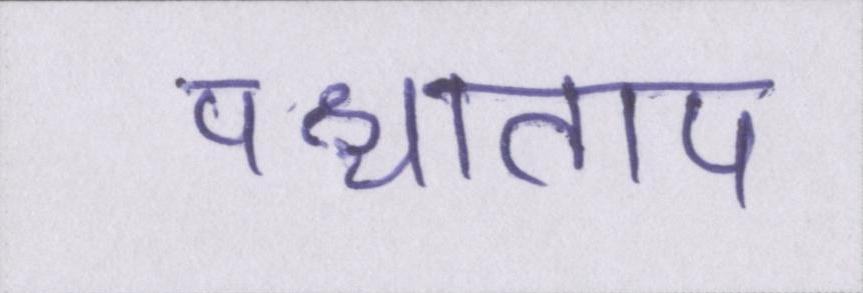
पश्चाताप